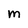
Character: M